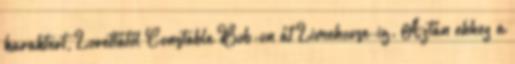
karaktert, Lorettától Constable Bob-on át Limehouse-ig. Aztán ehhez a